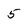
Character: 5